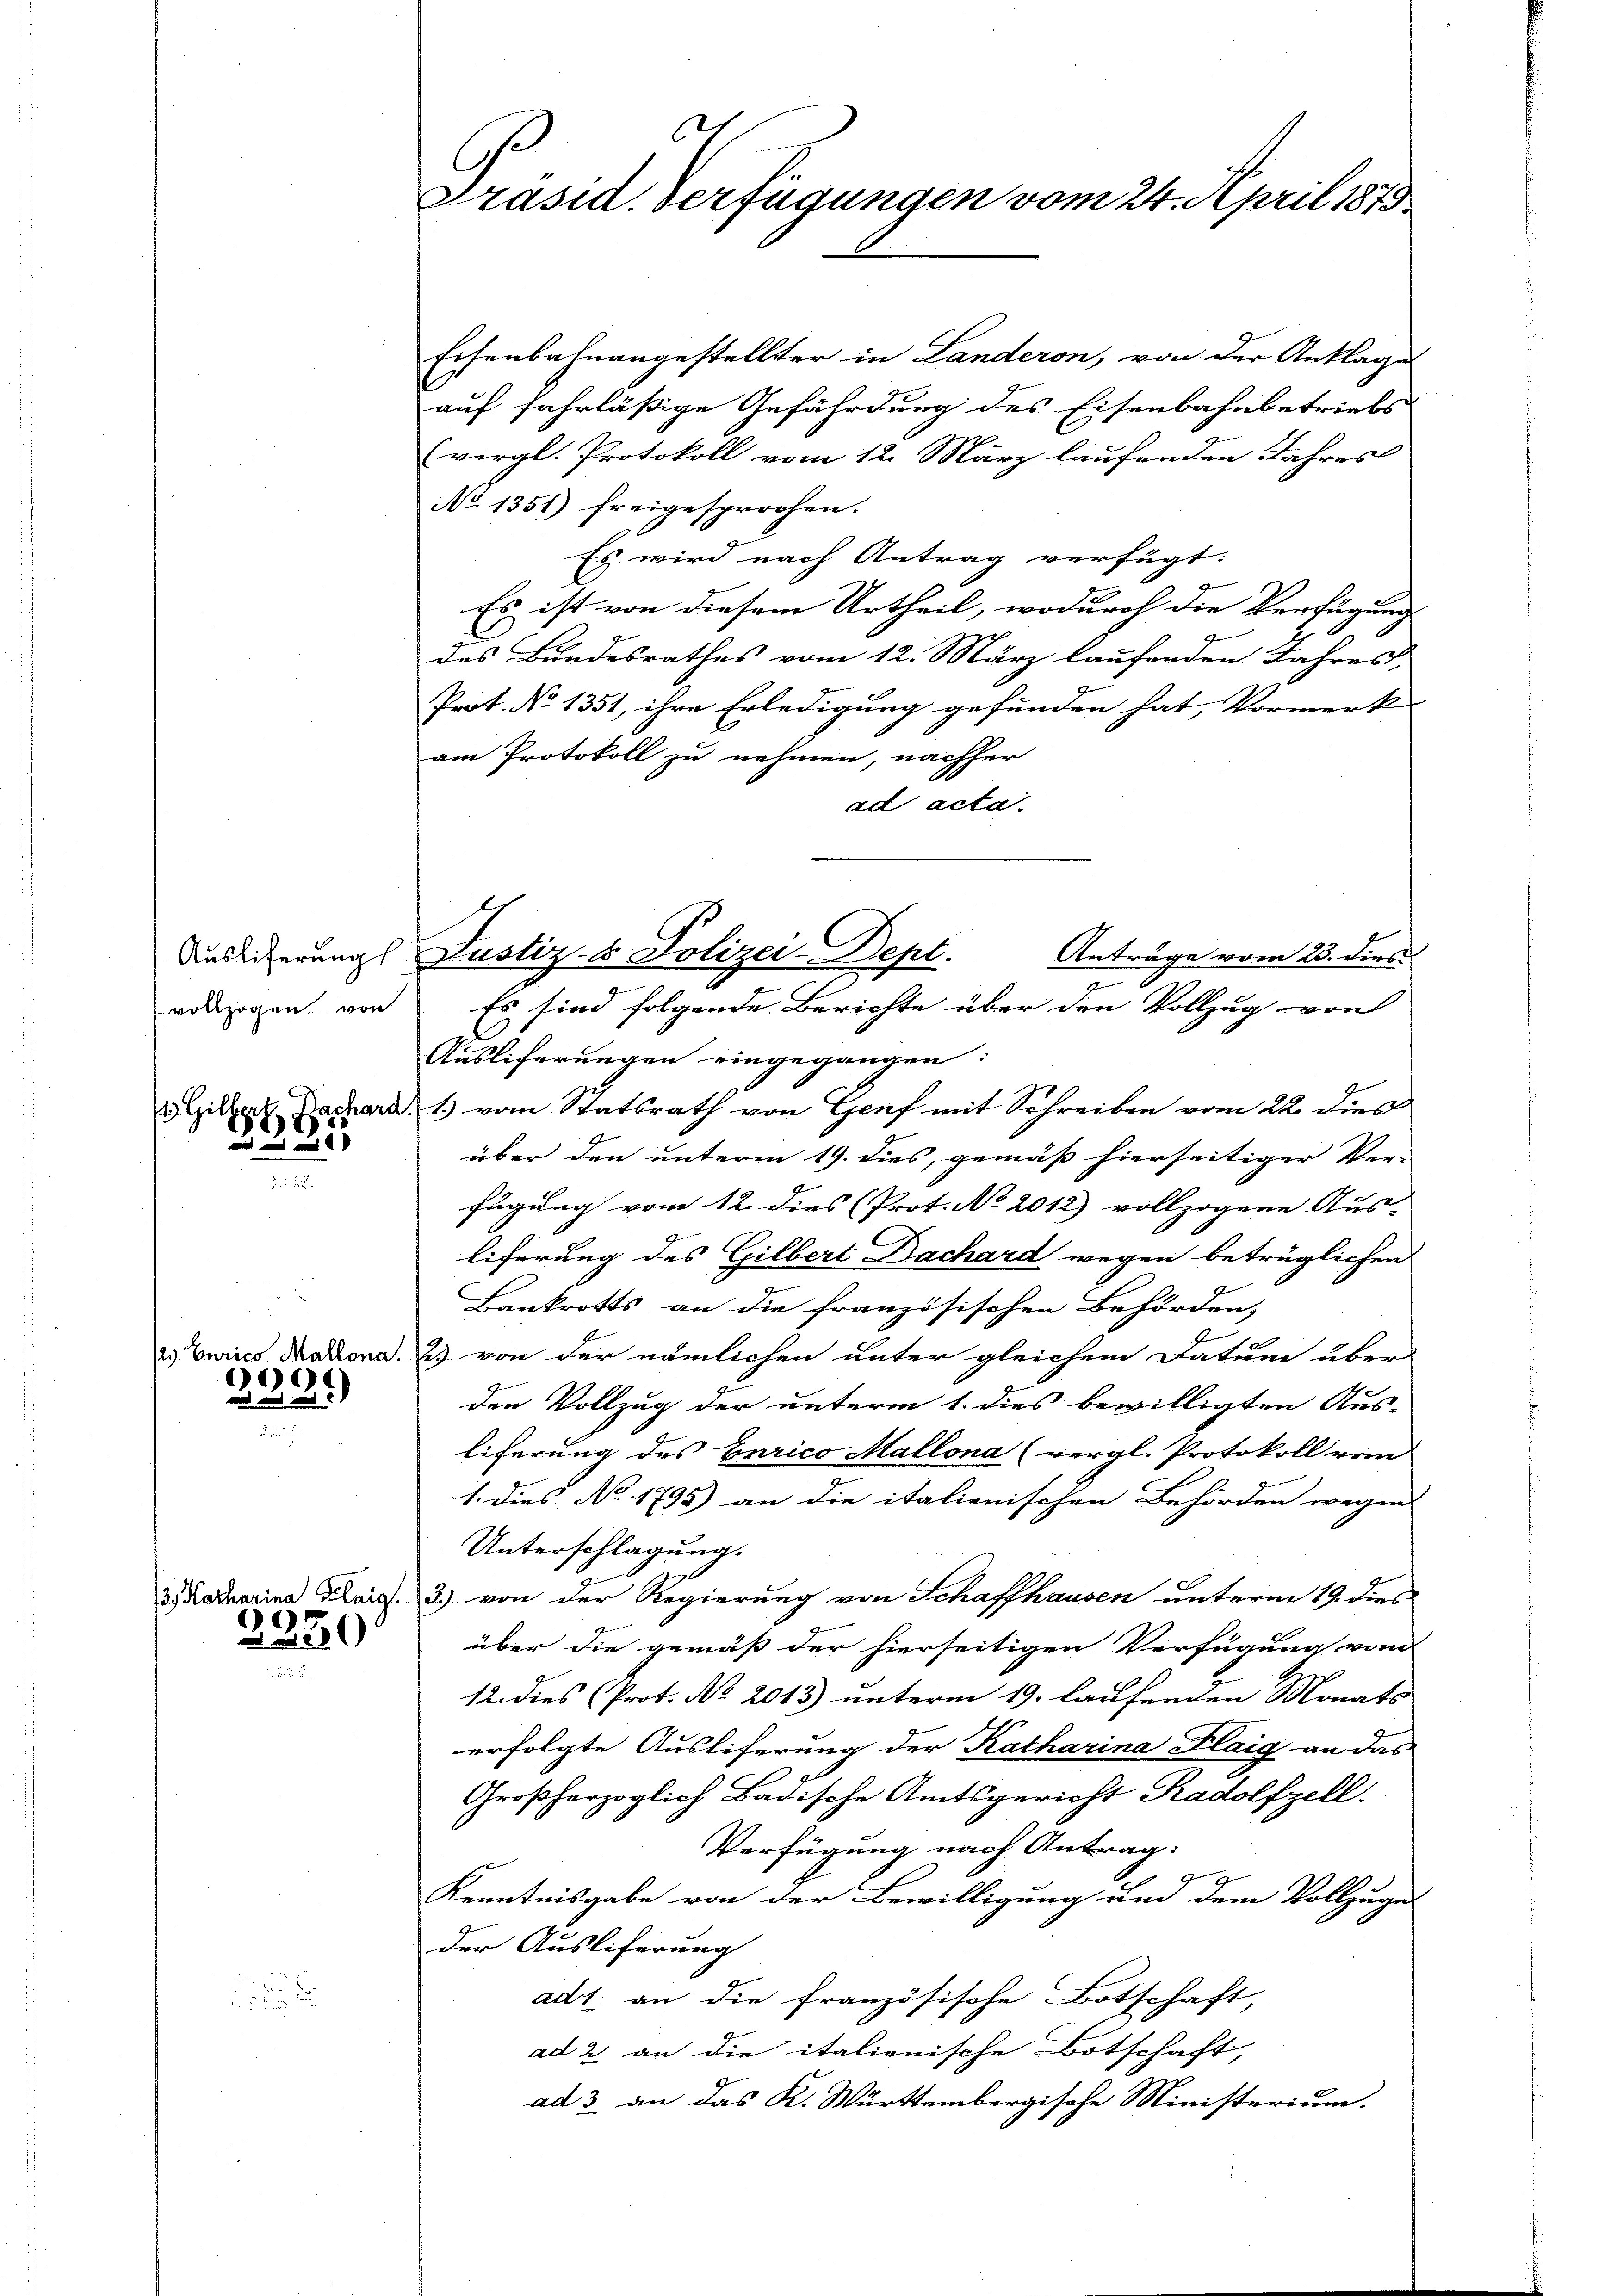
Ausliferung
vollzogen von

Hilbert Nach
s

2. Curico Mallona.
2.
20

2330

d
u

C.
Präsid. Verfügungen vom 24. April 1873.

Eisenbahnangestellter in Landeron, von der Anklage
auf fahrläßige Gefährdung des Eisenbahnbetriebs
(vergl. Protokoll vom 12. März laufenden Jahres
No 1351) freigesprochen.
Es wird nach Antrag verfügt:
Es ist von diesem Urtheil, wodurch die Verfügung
des Bundesrathes vom 12. März laufenden Jahres,
Prot. No 1351, ihre Erledigung gefunden hat, Vormerk |
am Protokoll zu nehmen, nachher
ad acta.
d 1) vom Statsrath von Genf mit Schreiben vom 22. dies
über den unterm 19. dies, gemäß hierseitiger Ver-
fügung vom 12. dies (Prot. No 2012) vollzogene Aus-
Eiferung des Gilbert Dachard wegen betrüglichen
Bankrotts an die französischen Behörden,
2) von der nämlichen unter gleichem Datum über
den Vollzug der unterm 1. dies bewilligten Aus-
liferung des Eurico Mallona (vergl. Protokoll vom
1. Dies No 1795) an die italienischen Behörden wegen
Unterschlagung.
3) Katharina Kais. 3.) von der Regierung von Schaffhausen unterm 19. dies
über die gemäß der hierseitigen Verfügung vom
12. dies (Prot. No 2013) unterm 19. laufenden Monats
erfolgte Ausliferung der Katharina Flaig an das
Großherzoglich Badische Amtsgericht Radolfzell.
Verfügung nach Antrag:
Kenntnisgabe von der Bewilligung und dem Vollzuges
der Ausliferung
ad1. an die französische Botschaft,
ad 2 an die italienische Botschaft,
ad 3 an das K. Württembergische Ministerium.

Justiz- & Polizei-Dept.
Anträge vom 23. dies
a
Es sind folgende Berichte über den Vollzug von
Ausliferungen eingegangen: